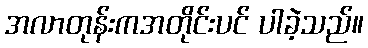
အလာတုန်းကအတိုင်းပင် ပါခဲ့သည်။